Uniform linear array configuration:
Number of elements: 24
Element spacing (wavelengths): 0.75
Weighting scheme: cosine
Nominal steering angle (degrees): -30
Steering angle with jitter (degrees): -28.442
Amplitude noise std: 0.05
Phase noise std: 0.05

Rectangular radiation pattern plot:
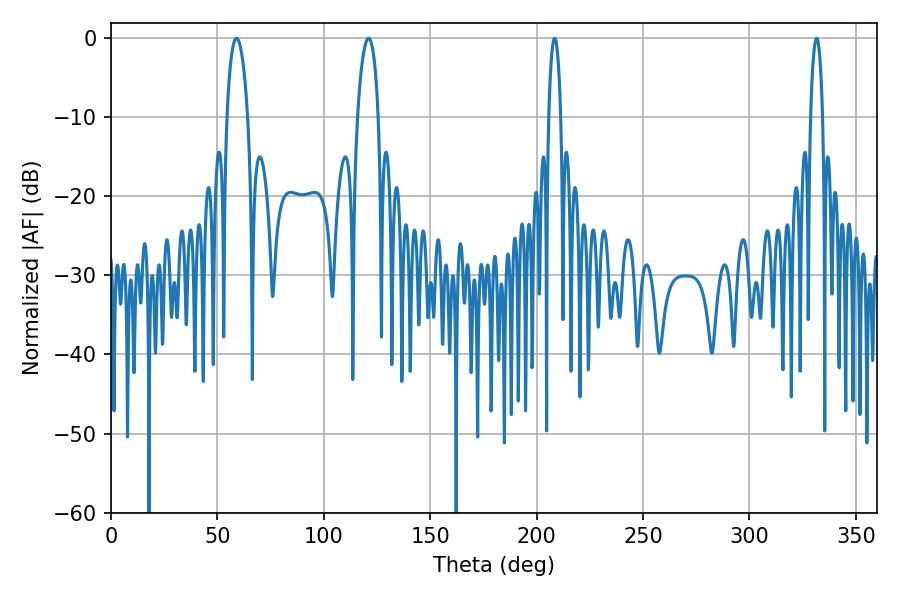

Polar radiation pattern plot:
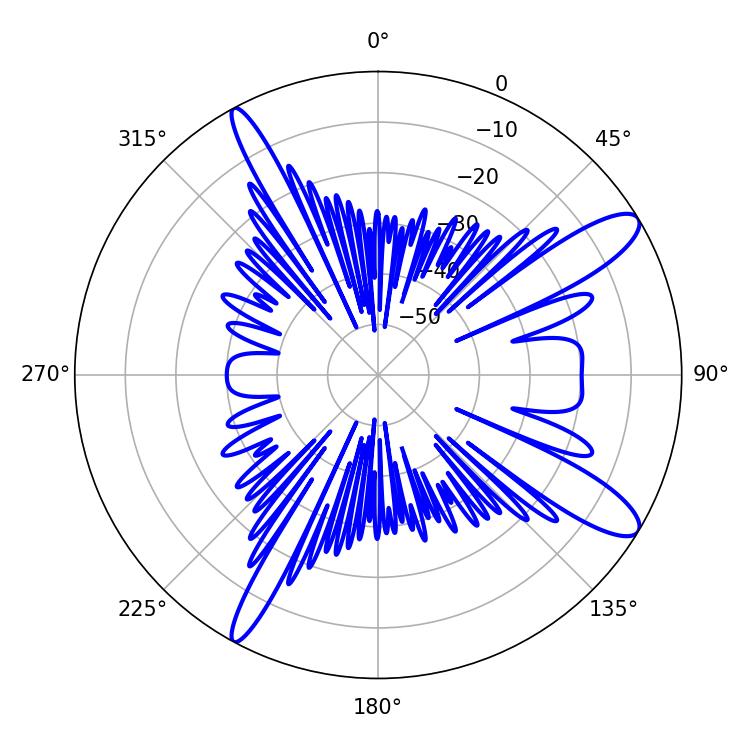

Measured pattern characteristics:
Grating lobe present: TRUE
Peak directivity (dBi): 11.967
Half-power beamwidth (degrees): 3.24
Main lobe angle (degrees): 208.44